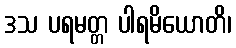
ဒသ ပရမတ္တ ပါရမိယောတိ၊